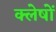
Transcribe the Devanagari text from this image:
क्लेषों